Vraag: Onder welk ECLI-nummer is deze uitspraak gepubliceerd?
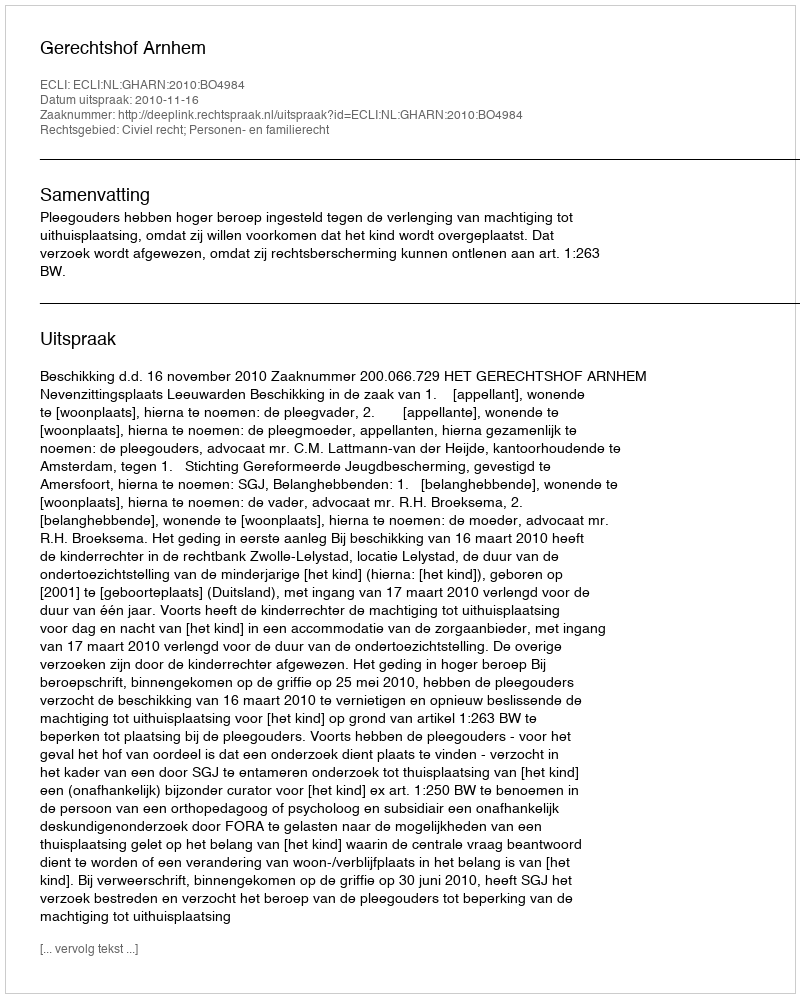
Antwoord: ECLI:NL:GHARN:2010:BO4984